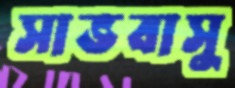
সাভবাসু